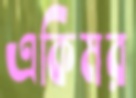
একিমর